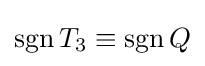
\operatorname {sgn} T_{3}\equiv \operatorname {sgn} Q